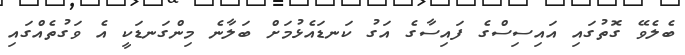
ބެލެވޭ ގޮތުގައި އައިސިސްގެ ފައިސާގެ އަގު ކަނޑައެޅުމަށް ބަލާނެ މިންގަނޑަކީ އެ ވަގުތެއްގައި